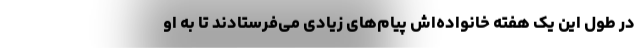
در طول این یک هفته خانواده‌اش پیام‌های زیادی می‌فرستادند تا به او